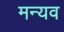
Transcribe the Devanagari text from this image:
मन्यव